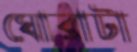
ঘোরাটা